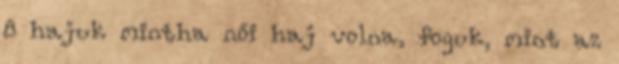
8 hajuk mintha női haj volna, foguk, mint az